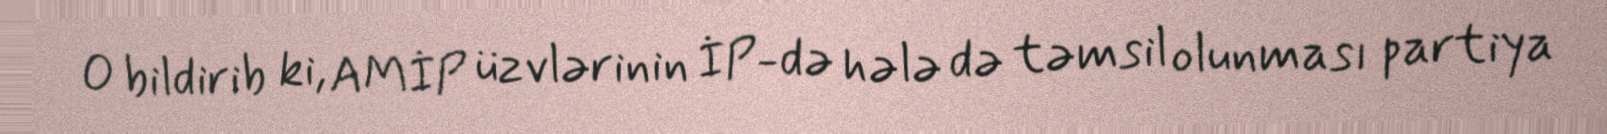
O bildirib ki, AMİP üzvlərinin İP-də hələ də təmsil olunması partiya